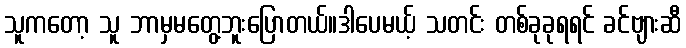
သူကတော့ သူ ဘာမှမတွေ့ဘူးပြောတယ်။ဒါပေမယ့် သတင်း တစ်ခုခုရရင် ခင်ဗျားဆီ